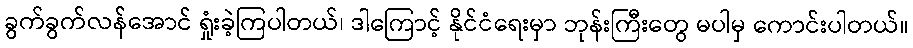
ခွက်ခွက်လန်အောင် ရှုံးခဲ့ကြပါတယ်၊ ဒါကြောင့် နိုင်ငံရေးမှာ ဘုန်းကြီးတွေ မပါမှ ကောင်းပါတယ်။